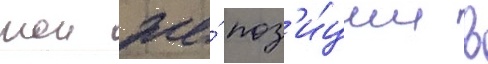
тои же́ поз'и́ции в